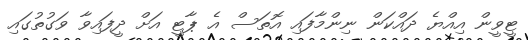
ޓީވީން އިއްޔެ ދައްކަން ނިންމާފައި އޮތަސް އެ ޕާޓީ އަށް ދީފައިވާ ވަގުތުގައި